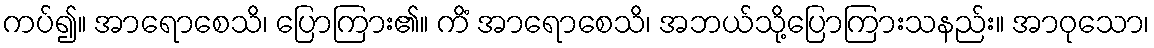
ကပ်၍။ အာရောစေသိ၊ ပြောကြား၏။ ကိံ အာရောစေသိ၊ အဘယ်သို့ပြောကြားသနည်း။ အာဝုသော၊